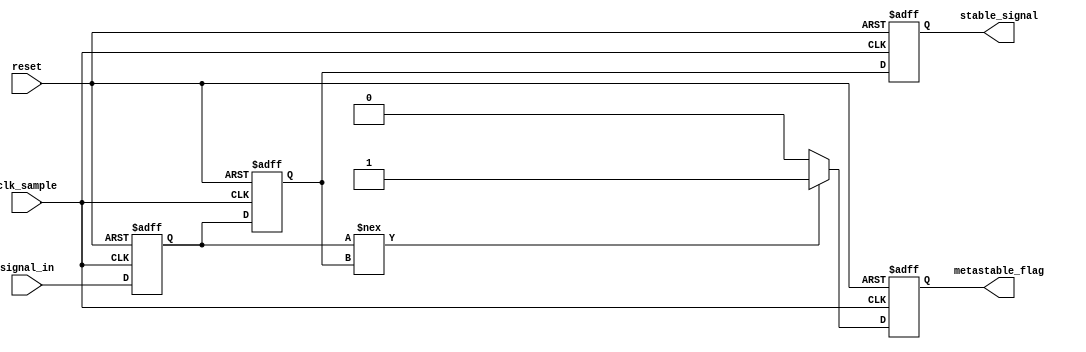
module metastability_detector (
    input wire clk_sample,        // Sampling clock
    input wire reset,             // Reset signal
    input wire signal_in,         // Input signal to monitor
    output reg metastable_flag,   // Output flag for metastability detection
    output reg stable_signal       // Stabilized output signal
);

    // Internal registers for the two stages of sampling
    reg reg1, reg2;

    // Synchronous process for sampling the input signal
    always @(posedge clk_sample or posedge reset) begin
        if (reset) begin
            reg1 <= 1'b0;          // Reset reg1
            reg2 <= 1'b0;          // Reset reg2
            metastable_flag <= 1'b0; // Clear metastable flag
            stable_signal <= 1'b0;  // Clear stable signal
        end else begin
            reg1 <= signal_in;      // Sample input signal
            reg2 <= reg1;           // Sample output of first flip-flop
            stable_signal <= reg2;  // Stabilized output signal

            // Metastability detection logic
            if (reg1 !== reg2) begin
                metastable_flag <= 1'b1; // Set flag if reg1 and reg2 differ
            end else begin
                metastable_flag <= 1'b0; // Clear flag if stable
            end
        end
    end

endmodule